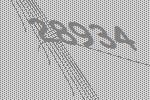
28934